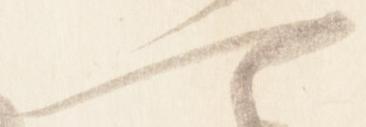
可